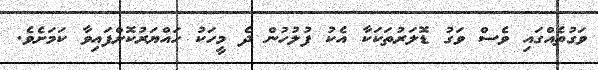
ވަގުތެއްގައި ވެސް ވަގު ޑޮލަރުތަކަކާ އެކު ފުލުހުން ދެ މީހަކު ހައްޔަރުކޮށްފައިވާ ކަމަށެވެ.